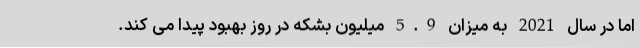
اما در سال 2021 به میزان 5.9 میلیون بشکه در روز بهبود پیدا می کند.